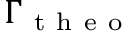
\Gamma _ { \mathrm { ~ t ~ h ~ e ~ o ~ } }